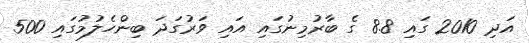
އަދި 2010 ގައި 8.8 ގެ ބާރުމިނުގައި އައި ވަރުގަދަ ބިންހެލުމުގައި 500